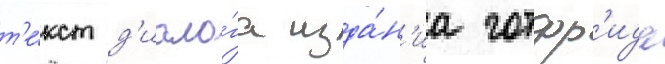
т'е́кст д'иало́га изда́н'иа готфр'ида